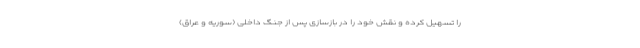
را تسهیل کرده و نقش خود را در بازسازی پس از جنگ داخلی (سوریه و عراق)